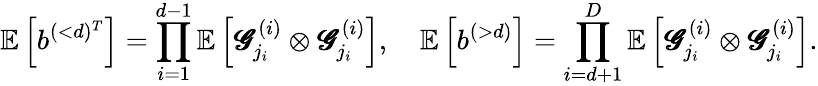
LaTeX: \mathbb{E}\left[b^{(<d)^{T}}\right]=\prod_{i=1}^{d-1}\mathbb{E}\left[\pmb{\mathscr{G}}_{j_{i}}^{(i)}\otimes\pmb{\mathscr{G}}_{j_{i}}^{(i)}\right],\quad\mathbb{E}\left[b^{(>d)}\right]=\prod_{i=d+1}^{D}\mathbb{E}\left[\pmb{\mathscr{G}}_{j_{i}}^{(i)}\otimes\pmb{\mathscr{G}}_{j_{i}}^{(i)}\right].